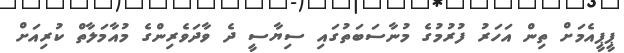
ޕީޕީއެމަށް ތިން އަހަރު ފުރުމުގެ މުނާސަބަތުގައި ސިޔާސީ ދެ ވާދަވެރިންގެ މުއާމަލާތް ކުރިއަށް